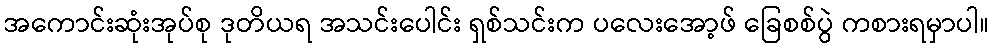
အကောင်းဆုံးအုပ်စု ဒုတိယရ အသင်းပေါင်း ရှစ်သင်းက ပလေးအော့ဖ် ခြေစစ်ပွဲ ကစားရမှာပါ။